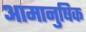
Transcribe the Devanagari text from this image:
आमानुषिक